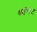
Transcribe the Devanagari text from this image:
काॅमेट